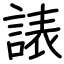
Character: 諘